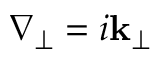
\nabla _ { \perp } = i \mathbf { k _ { \perp } }